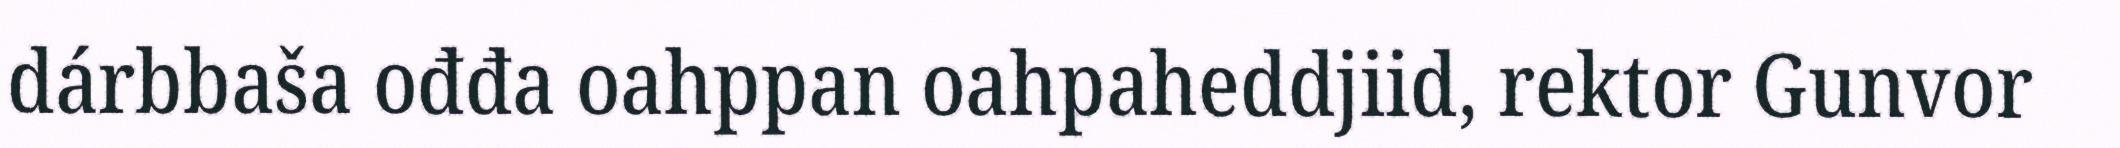
dárbbaša ođđa oahppan oahpaheddjiid, rektor Gunvor